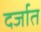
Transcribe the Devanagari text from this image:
दर्जात